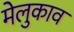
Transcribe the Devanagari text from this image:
मेलुकाव